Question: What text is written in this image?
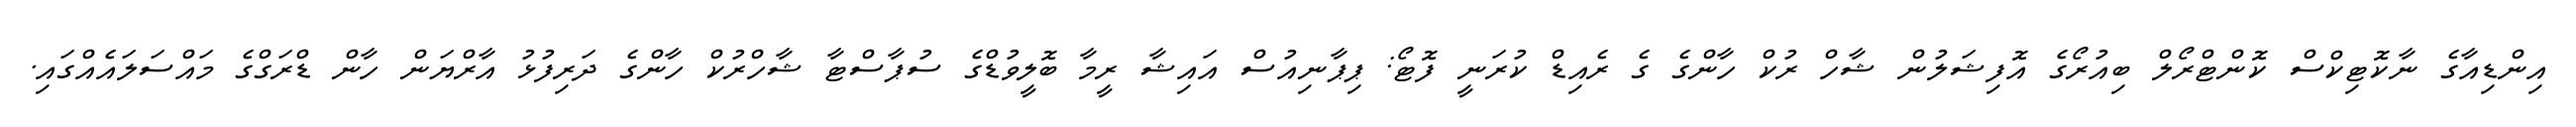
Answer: އިންޑިއާގެ ނާކޮޓިކްސް ކޮންޓްރޯލް ބިއުރޯގެ އޮފިޝަލުން ޝާހް ރުކް ހާންގެ ގެ ރެއިޑް ކުރަނީ ފޮޓޯ: ޕިޕާނިއުސް އައިޝާ ރީމާ ބޮލީވުޑްގެ ސުޕާސްޓާ ޝާހްރުކް ހާންގެ ދަރިފުޅު އާރްޔަން ހާން ޑްރަގްގެ މައްސަލައެއްގައި.